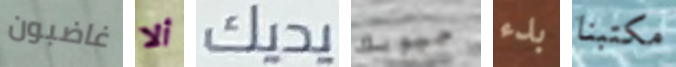
غاضبون ألا يديك جيوبك بدء مكتبنا